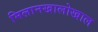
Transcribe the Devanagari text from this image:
मिलानखालोखाल